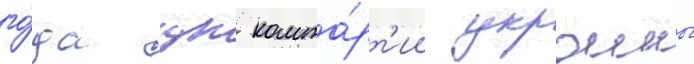
го́да цк компа́рт'ии украины